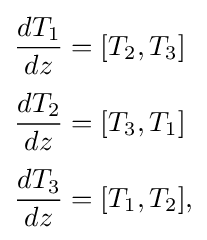
{\begin{aligned}{\frac {dT_{1}}{dz}}&=[T_{2},T_{3}]\\[3pt]{\frac {dT_{2}}{dz}}&=[T_{3},T_{1}]\\[3pt]{\frac {dT_{3}}{dz}}&=[T_{1},T_{2}],\end{aligned}}